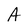
Character: A